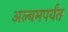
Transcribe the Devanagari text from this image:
अल्बमपर्यंत